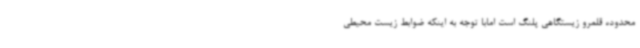
محدوده قلمرو زیستگاهی پلنگ است امابا توجه به اینکه ضوابط زیست محیطی